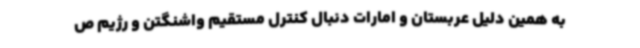
به همین دلیل عربستان و امارات دنبال کنترل مستقیم واشنگتن و رژیم ص